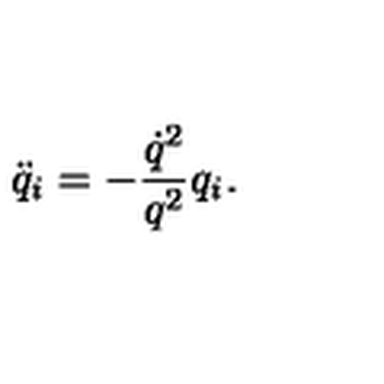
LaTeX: \ddot { q } _ { i } = - \frac { \dot { q } ^ { 2 } } { q ^ { 2 } } q _ { i } .